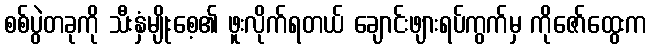
စစ်ပွဲတခုကို သီးနှံမျိုးစေ့၏ ဖူးလိုက်ရတယ် ချောင်းဖျားရပ်ကွက်မှ ကိုဇော်ထွေးက